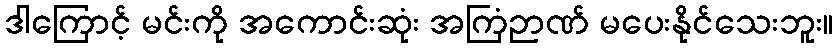
ဒါကြောင့် မင်းကို အကောင်းဆုံး အကြံဉာဏ် မပေးနိုင်သေးဘူး။